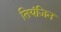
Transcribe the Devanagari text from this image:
तियंजिन